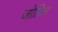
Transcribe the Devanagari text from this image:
जोहिस